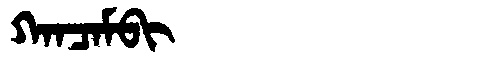
Manchu: ᡴᠠᠨᠴᠠᠮᠪᡳ
Romanization: KANCAMBI